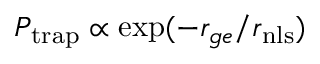
P _ { \mathrm { t r a p } } \propto \exp ( - r _ { g e } / r _ { \mathrm { { n l s } } } )